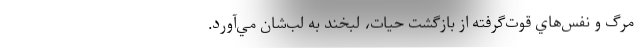
مرگ و نفس‌هاي قوت‌گرفته از بازگشت حيات، لبخند به لب‌شان مي‌آورد.